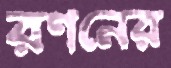
রণনের